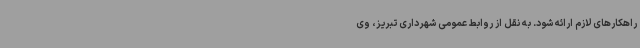
راهکارهای لازم ارائه شود. به نقل از روابط عمومی شهرداری تبریز، وی